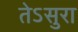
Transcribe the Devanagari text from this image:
तेऽसुरा